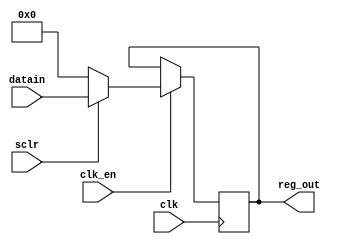
module reg16(
	input clk,sclr,clk_en,
	input [15:0] datain,
	output reg [15:0] reg_out);
always@(posedge clk) begin
	if(clk_en) begin
		if(!sclr)
			reg_out <= 0;
		else
			reg_out <= datain;
	end
end
endmodule
module TB();
reg clk ,sclr,clk_en;
reg [15:0] datain;
wire [15:0] reg_out;
reg16 r(clk,sclr,clk_en,datain,reg_out);
always
	#5 clk=~clk;
initial
	$monitor("sclr=%b clk_en=%b datain=%d reg_out=%d",sclr,clk_en,datain,reg_out);
initial begin
clk = 0; clk_en=0; sclr=1; datain=2;
#10
clk_en=1;
#10
sclr=0;


#80;
end
endmodule